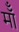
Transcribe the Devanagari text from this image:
मॉँ